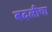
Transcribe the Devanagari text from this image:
बदलीचा